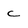
Character: c